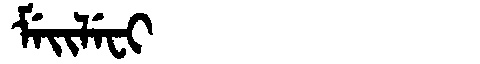
Manchu: ᠮᡝᡳᠯᡝᠸᡳ
Romanization: MEILEFI